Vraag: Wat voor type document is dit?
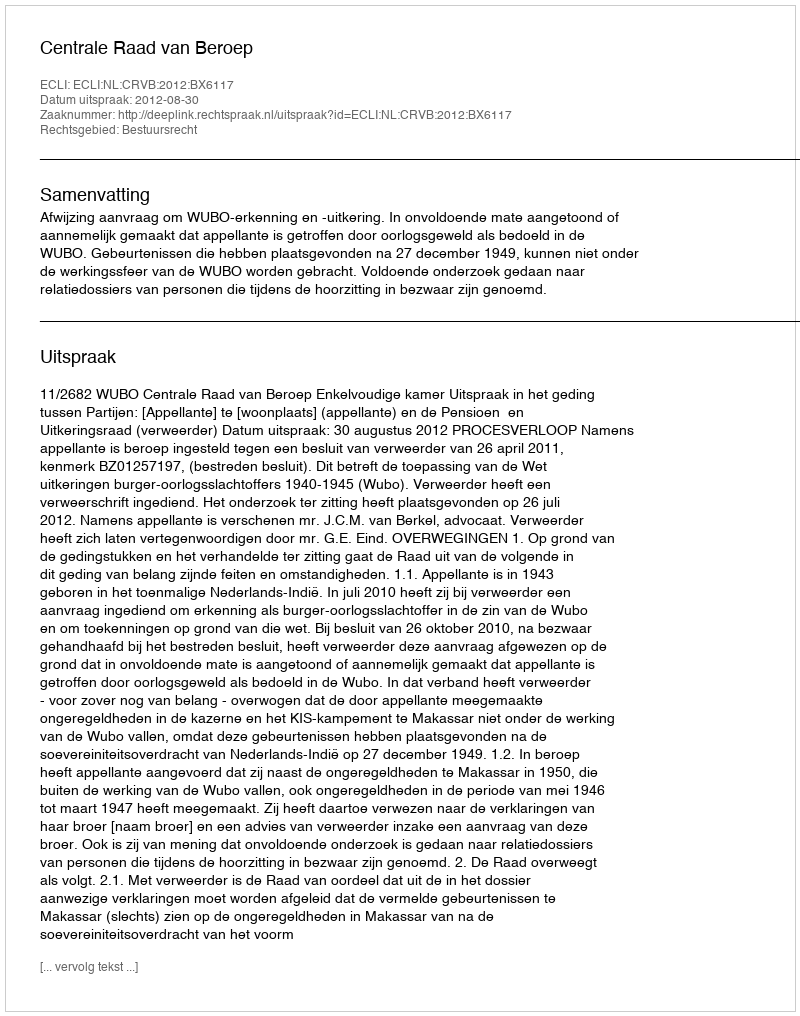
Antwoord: Uitspraak